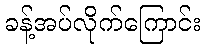
ခန့်အပ်လိုက်ကြောင်း